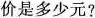
价是多少元?